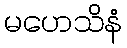
မဟေသိနံ